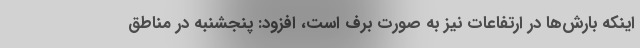
اینکه بارش‌ها در ارتفاعات نیز به صورت برف است، افزود: پنجشنبه در مناطق